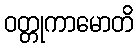
ဝတ္တုကာမောတိ